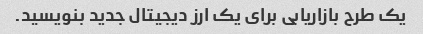
یک طرح بازاریابی برای یک ارز دیجیتال جدید بنویسید.